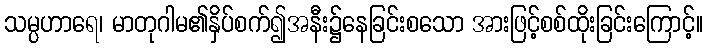
သမ္ပဟာရေ၊ မာတုဂါမ၏နှိပ်စက်၍အနီး၌နေခြင်းစသော အားဖြင့်စစ်ထိုးခြင်းကြောင့်။